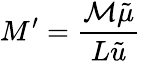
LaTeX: M^{\prime}=\frac{\mathcal{M}\tilde{\mu}}{L\tilde{u}}